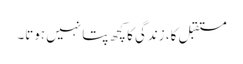
مستقبل کا، زندگی کا کچھ پتا نہیں ہوتا۔